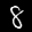
Label: 8